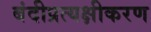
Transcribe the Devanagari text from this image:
बंदीप्रत्यक्षीकरण